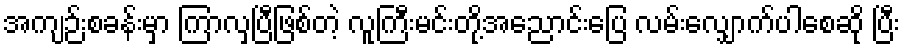
အကျဉ်းစခန်းမှာ ကြာလှပြီဖြစ်တဲ့ လူကြီးမင်းတို့အညောင်းပြေ လမ်းလျှောက်ပါစေဆို ပြီး